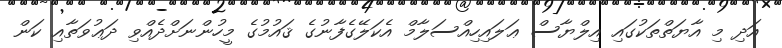
އަދި މި އާޔަތްތަކުގައި އިލްޔާސް ޢަލައިހިއްސަލާމް އެކަލޭގެފާނުގެ ޤައުމުގެ މީހުންނަށްދެއްވި ދަޢުވަތާއި ކަން